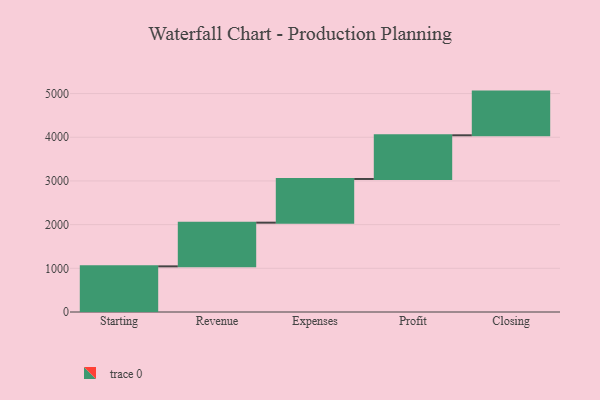
{"axis": {"x": "Step", "y": "Value"}, "legend": [""], "data": [{"x": "Starting", "y": 1045.0, "type": ""}, {"x": "Revenue", "y": 1000, "type": ""}, {"x": "Expenses", "y": 1000, "type": ""}, {"x": "Profit", "y": 1000, "type": ""}, {"x": "Closing", "y": 1000, "type": ""}]}